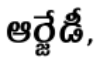
ఆర్జేడీ,